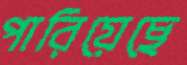
পারিয়েছে